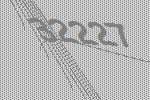
32227